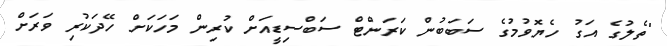
"ތެލުގެ އަގު ހެޔޮވުމުގެ ސަބަބުން ކަރަންޓް ސަބްސިޑީއަށް ކުރިން މަހަކަށް ހޭދަކުރި ވަރަށް